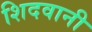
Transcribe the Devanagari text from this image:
शिदवानी